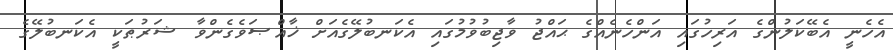
އެހެނީ އެބޭކަލުންގެ އަރިހުގައި އަންހެނެއްގެ ޙައްޖު ވާޖިބުވުމުގައި އެކަނބުލޭގެއަށް ޚާއްޞަވެގެންވާ ޝަރުޠަކީ އެކަނބުލޭގެ